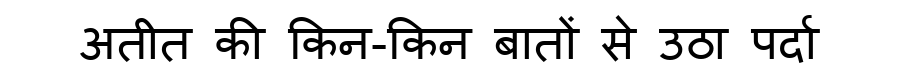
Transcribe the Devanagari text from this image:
अतीत की किन-किन बातों से उठा पर्दा